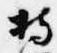
持